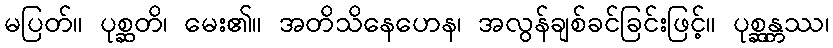
မပြတ်။ ပုစ္ဆတိ၊ မေး၏။ အတိသိနေဟေန၊ အလွန်ချစ်ခင်ခြင်းဖြင့်။ ပုစ္ဆန္တဿ၊